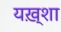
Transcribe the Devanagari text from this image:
यख़्शा